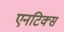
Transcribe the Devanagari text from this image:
एनटिक्स